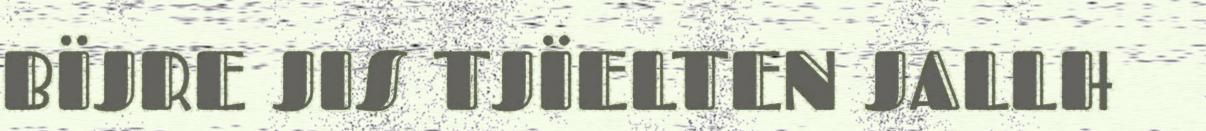
BÏJRE JIS TJÏELTEN JALLH